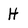
Character: H